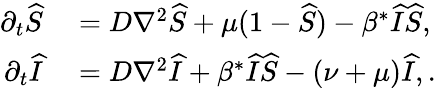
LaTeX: \begin{array}{rl}{\partial_{t}\widehat{S}}&{{}=D\nabla^{2}\widehat{S}+\mu(1-\widehat{S})-\beta^{*}\widehat{I}\widehat{S},}\\ {\partial_{t}\widehat{I}}&{{}=D\nabla^{2}\widehat{I}+\beta^{*}\widehat{I}\widehat{S}-(\nu+\mu)\widehat{I},.}\end{array}